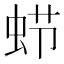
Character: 𮔂